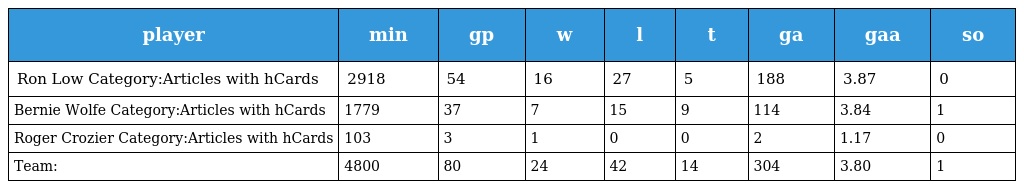
| player | min | gp | w | l | t | ga | gaa | so |
 | --- | --- | --- | --- | --- | --- | --- | --- | --- |
 | Ron Low Category:Articles with hCards | 2918 | 54 | 16 | 27 | 5 | 188 | 3.87 | 0 |
 | Bernie Wolfe Category:Articles with hCards | 1779 | 37 | 7 | 15 | 9 | 114 | 3.84 | 1 |
 | Roger Crozier Category:Articles with hCards | 103 | 3 | 1 | 0 | 0 | 2 | 1.17 | 0 |
 | Team: | 4800 | 80 | 24 | 42 | 14 | 304 | 3.80 | 1 |